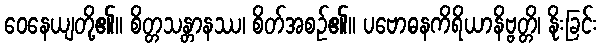
ဝေနေယျတို့၏။ စိတ္တသန္တာနဿ၊ စိတ်အစဉ်၏။ ပဗောဓနကိရိယာနိဗ္ဗတ္တိ၊ နိုးခြင်း